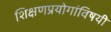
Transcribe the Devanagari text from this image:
शिक्षणप्रयोगांविषयी